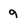
Character: 9